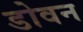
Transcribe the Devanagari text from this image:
डोवन